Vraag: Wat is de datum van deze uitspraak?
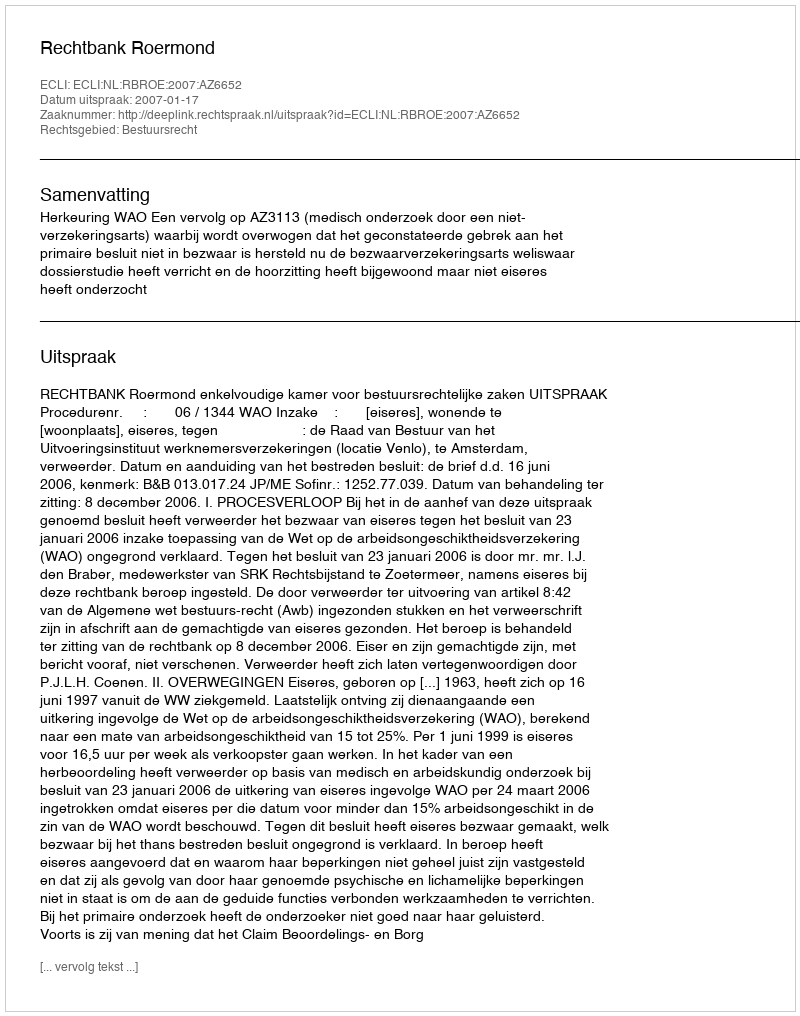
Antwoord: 2007-01-17